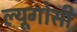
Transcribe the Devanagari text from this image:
ल्यूगोसी